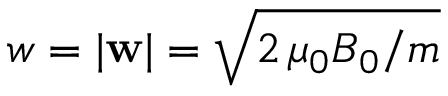
w = | { \bf w } | = \sqrt { 2 \, \mu _ { 0 } B _ { 0 } / m }